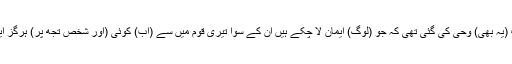
اور نوح کی طرف (یہ بھی) وحی کی گئی تھی کہ جو (لوگ) ایمان لا چکے ہیں ان کے سوا تیری قوم میں سے (اب) کوئی (اور شخص تجھ پر) ہرگز ایمان نہیں لائے گا۔